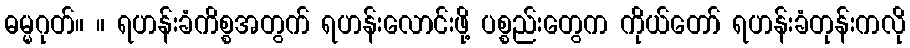
ဓမ္မဂုတ်။ ။ ရဟန်းခံကိစ္စအတွက် ရဟန်းလောင်းဖို့ ပစ္စည်းတွေက ကိုယ်တော် ရဟန်းခံတုန်းကလို